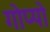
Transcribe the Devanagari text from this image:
गोप्पो